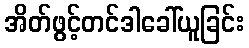
အိတ်ဖွင့်တင်ဒါခေါ်ယူခြင်း